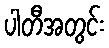
ပါတီအတွင်း